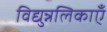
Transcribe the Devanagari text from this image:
विद्युन्नलिकाएँ